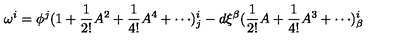
\omega ^ { i } = \phi ^ { j } ( \mathrm { 1 } + \frac { 1 } { 2 ! } A ^ { 2 } + \frac { 1 } { 4 ! } A ^ { 4 } + \cdots ) _ { j } ^ { i } - d \xi ^ { \beta } ( \frac { 1 } { 2 ! } A + \frac { 1 } { 4 ! } A ^ { 3 } + \cdots ) _ { \beta } ^ { i }